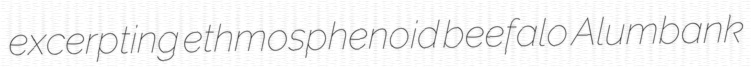
excerpting ethmosphenoid beefalo Alumbank